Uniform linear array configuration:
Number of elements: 12
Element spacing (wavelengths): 1
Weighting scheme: binomial
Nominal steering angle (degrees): -15
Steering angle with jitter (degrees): -16.956
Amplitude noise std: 0.05
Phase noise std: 0.05

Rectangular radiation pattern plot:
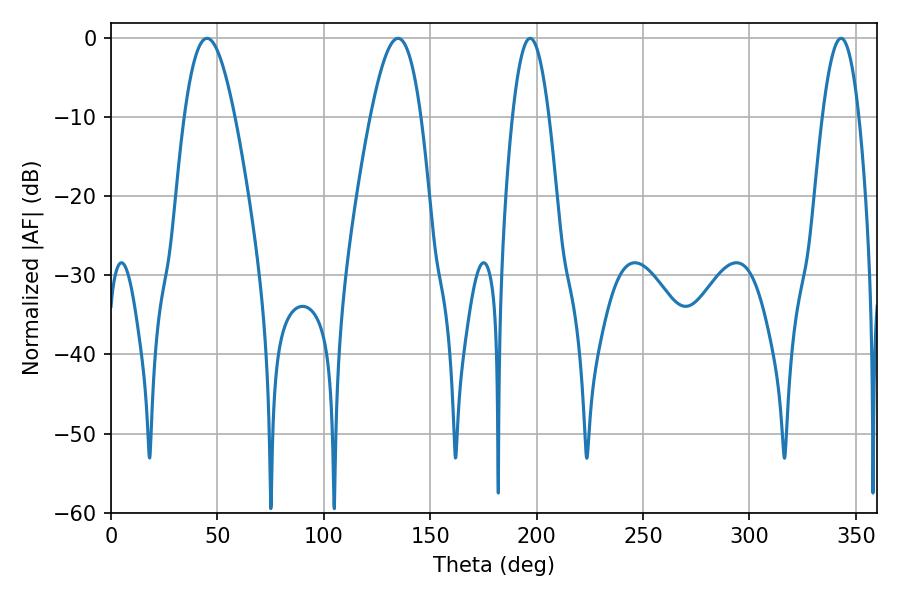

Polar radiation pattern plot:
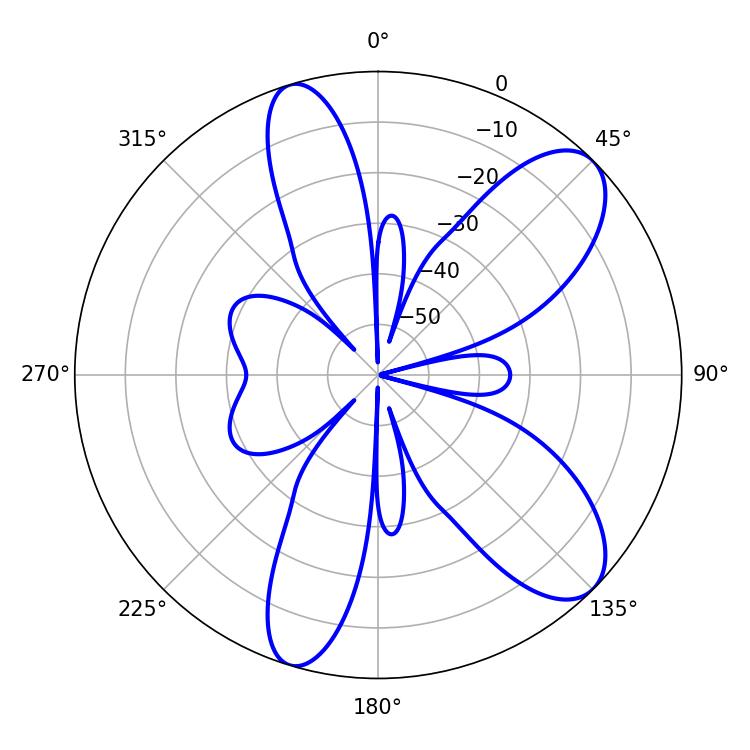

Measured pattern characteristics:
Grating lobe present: TRUE
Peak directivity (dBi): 9.161
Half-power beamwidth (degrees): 9.36
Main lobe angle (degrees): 196.92